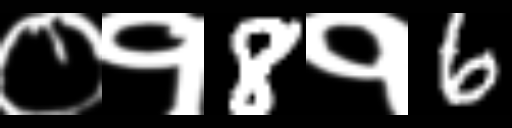
Text: ०१8१6